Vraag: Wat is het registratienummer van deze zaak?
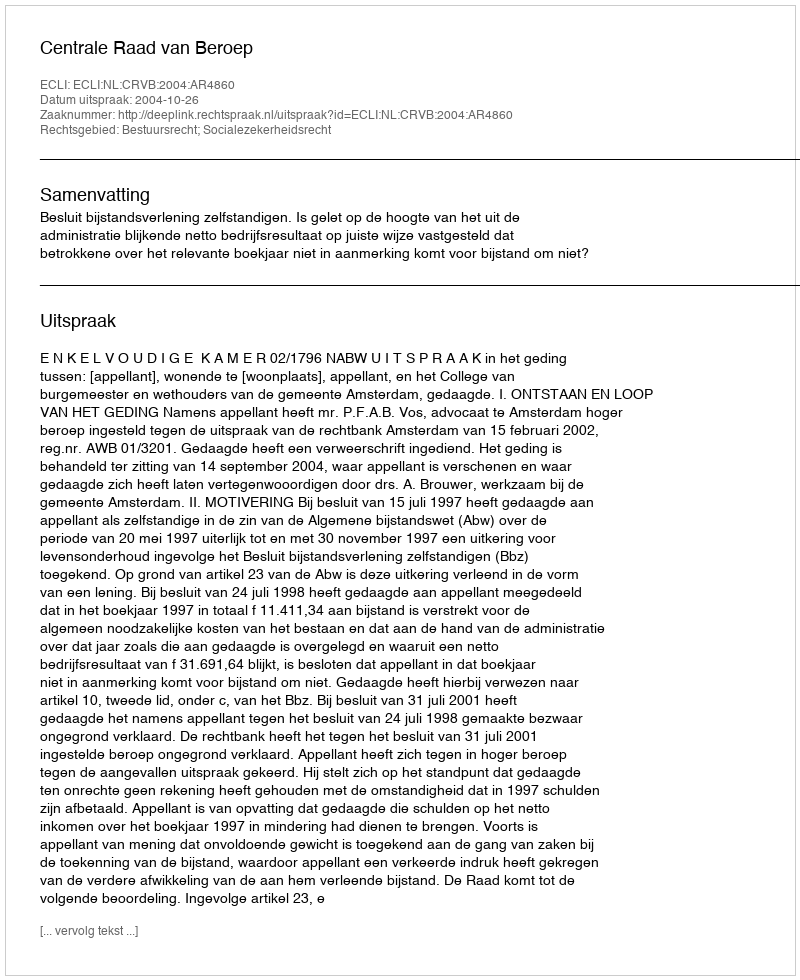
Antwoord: http://deeplink.rechtspraak.nl/uitspraak?id=ECLI:NL:CRVB:2004:AR4860